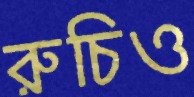
রুচিও